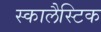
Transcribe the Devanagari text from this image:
स्कालैस्टिक